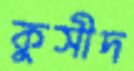
কুসীদ